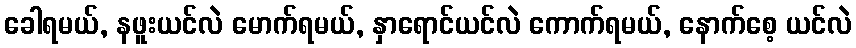
ခေါရမယ်, နဖူးယင်လဲ မောက်ရမယ်, နှာရောင်ယင်လဲ ကောက်ရမယ်, နောက်စေ့ ယင်လဲ